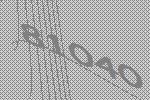
81040